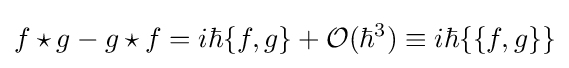
f\star g-g\star f=i\hbar \{f,g\}+{\mathcal {O}}(\hbar ^{3})\equiv i\hbar \{\{f,g\}\}